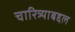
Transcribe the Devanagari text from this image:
चारित्र्याबद्दल